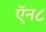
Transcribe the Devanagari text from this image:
ऍन८